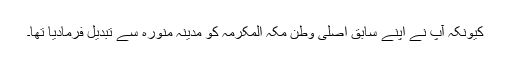
کیونکہ آپ نے اپنے سابق اصلی وطن مکہ المکرمہ کو مدینہ منورہ سے تبدیل فرمادیا تھا۔